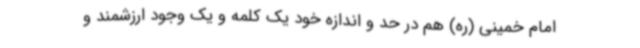
امام خمینی (ره) هم در حد و اندازه خود یک کلمه و یک وجود ارزشمند و